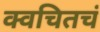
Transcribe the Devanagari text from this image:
क्वचितचं